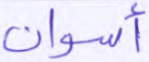
أسوان